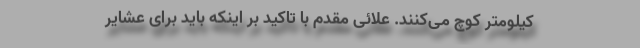
کیلومتر کوچ می‌کنند. علائی مقدم با تاکید بر اینکه باید برای عشایر